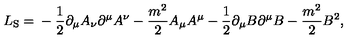
L _ { \mathrm { S } } = \mathrm { } - \frac { 1 } { 2 } \partial _ { \mu } A _ { \nu } \partial ^ { \mu } A ^ { \nu } - \frac { m ^ { 2 } } { 2 } A _ { \mu } A ^ { \mu } - \frac { 1 } { 2 } \partial _ { \mu } B \partial ^ { \mu } B - \frac { m ^ { 2 } } { 2 } B ^ { 2 } ,